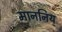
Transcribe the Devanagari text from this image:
माननिय्